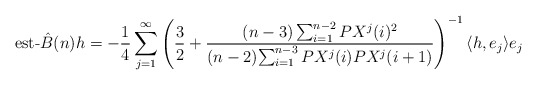
\begin{align*}\mbox{est-} \hat{B}(n) h = - \frac{1}{4} \sum_{j=1} ^\infty { \left( \frac{3}{2} + \frac{(n-3) \sum_{i=1} ^{n-2} { PX^j(i) ^2}}{ (n-2) {\sum_{i=1}^{n-3} { PX^j(i) PX^j(i+1)}}} \right)^{-1} \langle h,e_j \rangle e_j }\end{align*}